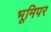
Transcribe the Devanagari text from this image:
भूमिपर